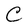
Character: C